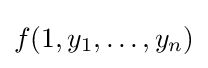
f(1,y_{1},\dots ,y_{n})